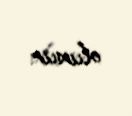
olunur.